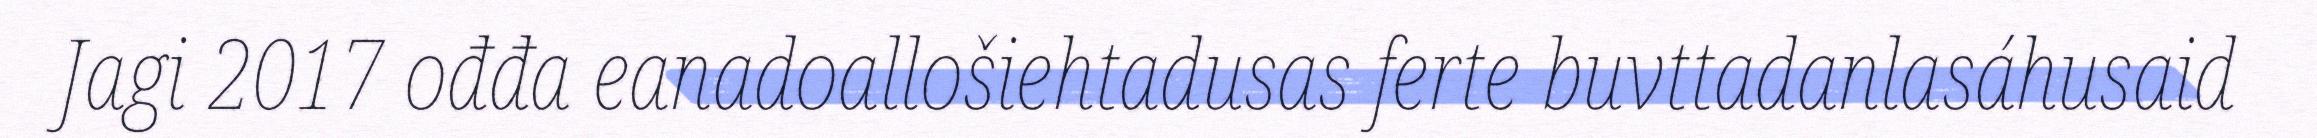
Jagi 2017 ođđa eanadoallošiehtadusas ferte buvttadanlasáhusaid